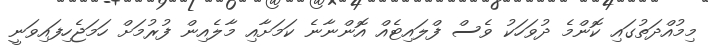
މިމުއްދަތުގައި ކޮންމެ ދުވަހަކު ވެސް ފްލައިޓެއް އޮންނާނެ ކަމަށާއި މާލެއިން ފުރުމަށް ހަމަޖެހިފައިވަނީ